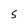
Character: S